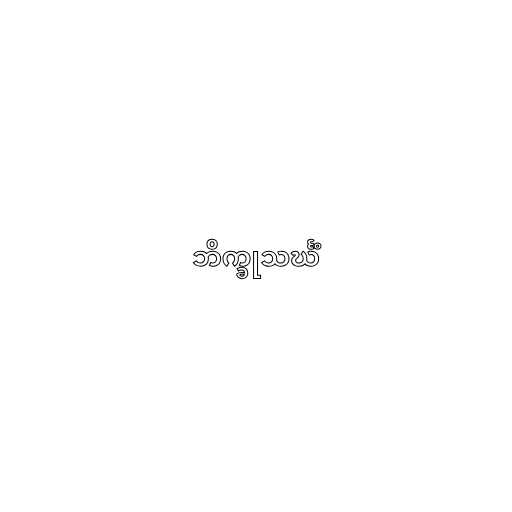
ဘိက္ခုသင်္ဃံ